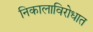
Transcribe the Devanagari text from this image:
निकालाविरोधात